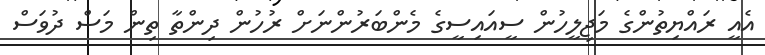
އެއީ ރައްޔިތުންގެ މަޖިލީހުން ސީއައިސީގެ މެންބަރުންނަށް ރުހުން ދިންތާ ތިން މަސް ދުވަސް